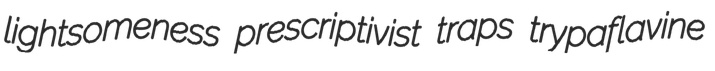
lightsomeness prescriptivist traps trypaflavine